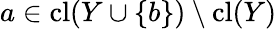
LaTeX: a\in\operatorname{cl}(Y\cup\{ b\} )\setminus\operatorname{cl}(Y)